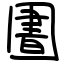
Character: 圕